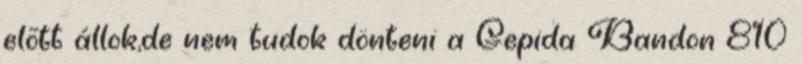
elõtt állok,de nem tudok dönteni a Gepida Bandon 810